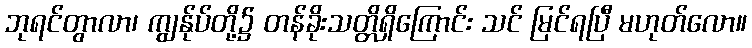
ဘုရင်တွာလာ၊ ကျွန်ုပ်တို့၌ တန်ခိုးသတ္တိရှိကြောင်း သင် မြင်ရပြီ မဟုတ်လော။